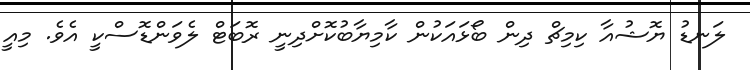
ލަނޑު ޔޮޝުއާ ކިމިޗް ދިން ބޯޅައަކުން ކާމިޔާބުކޮށްދިނީ ރޮބަޓް ލެވަންޑޮސްކީ އެވެ. މިއީ